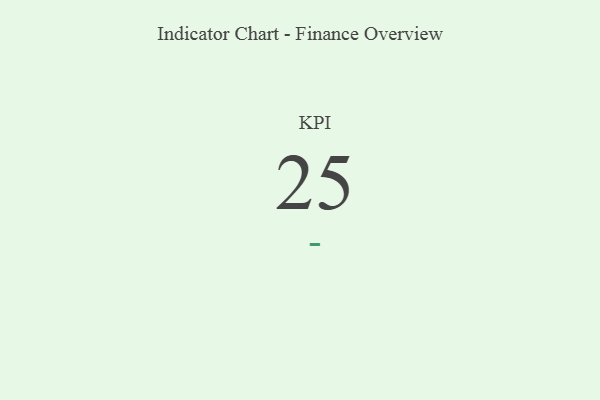
{"axis": {"x": "KPI", "y": "Value"}, "legend": [""], "data": [{"x": "KPI", "y": 25, "type": ""}]}